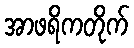
အာဖရိကတိုက်